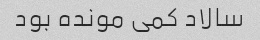
سالاد کمی مونده بود